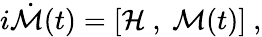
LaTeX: i\dot{\cal M}(t)=[{\cal H}\ ,\ {\cal M}(t)]\ ,